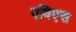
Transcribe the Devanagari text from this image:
एविएस